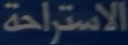
الاستراحة